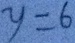
y = 6